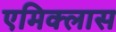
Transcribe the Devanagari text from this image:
एमिक्लास